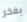
بفخر